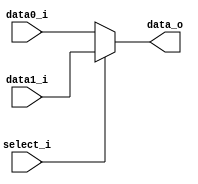
//Subject:     CO project 2 - MUX 221
//--------------------------------------------------------------------------------
//Version:     1
//--------------------------------------------------------------------------------
//Writer:
//----------------------------------------------
//Date:
//----------------------------------------------
//Description:
//--------------------------------------------------------------------------------

module MUX_2to1(
               data0_i,
               data1_i,
               select_i,
               data_o
               );

parameter size = 0;

//I/O ports
input   [size-1:0] data0_i;
input   [size-1:0] data1_i;
input              select_i;
output  [size-1:0] data_o;

//Internal Signals
wire     [size-1:0] data_o;

//Main function
assign data_o = (select_i == 1 ? data1_i : data0_i);

endmodule